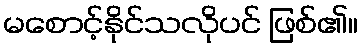
မစောင့်နိုင်သလိုပင် ဖြစ်၏။